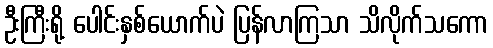
ဦးကြီးရို့ ပေါင်းနှစ်ယောက်ပဲ ပြန်လာကြသာ သိလိုက်သကော